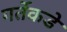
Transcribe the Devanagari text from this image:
गर्तेकडे